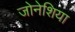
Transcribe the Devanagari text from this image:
जोनेशिया